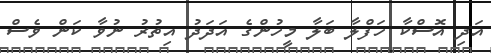
އަދި އޮސްކާ ހަފްލާ ބަލާ މީހުންގެ އަދަދު އިތުރު ނުވާ ކަން ވެސް